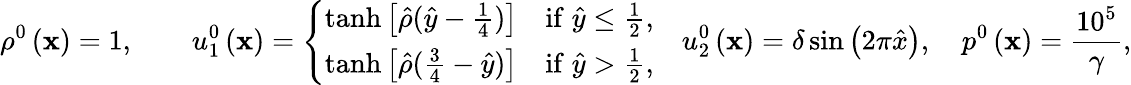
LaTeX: \rho^{0}\left(\mathbf{x}\right)=1,\qquad{u}_{1}^{0}\left(\mathbf{x}\right)=\left\lbrace\begin{array}{lc}{\operatorname{tanh}\left[\hat{\rho}(\hat{y}-\frac{1}{4})\right]}&{\mathrm{if}\; \hat{y}\le\frac{1}{2},}\\ {\operatorname{tanh}\left[\hat{\rho}(\frac{3}{4}-\hat{y})\right]}&{\mathrm{if}\; \hat{y}>\frac{1}{2},}\end{array}\right.\quad{u}_{2}^{0}\left(\mathbf{x}\right)=\delta\sin\left(2\pi\hat{x}\right),\quad p^{0}\left(\mathbf{x}\right)=\frac{10^{5}}{\gamma},